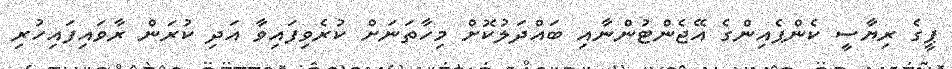
ޕީގެ ރިޔާސީ ކެންޕެއިންގެ އޭޖެންޓުންނާއި ބައްދަލުކޮށް މިހާތަނަށް ކުރެވިފައިވާ އަދި ކުރަން ރާވައިފައިހުރި